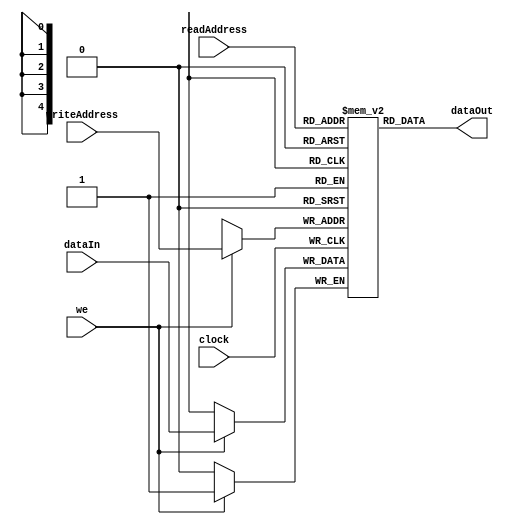
module lutRam32x1 ( input wire       clock,
                                     we,
                                     dataIn,
                    input wire [4:0] writeAddress,
                                     readAddress,
                    output wire      dataOut);

  reg mem [31:0];
  
  assign dataOut = mem[readAddress];
  
  always @(posedge clock)
    if (we == 1'b1) mem[writeAddress] <= dataIn;

endmodule